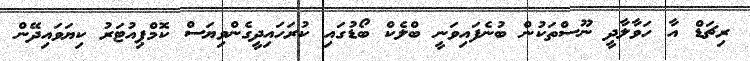
ރިޗަޑް އާ ހަވާލާދީ ނޫސްތަކުން ބުނެފައިވަނީ ބްލެކް ބޯޑުގައި ކުރަހައިދީގެންވިޔަސް ކޮމްޕިއުޓަރު ކިޔަވައިދޭން